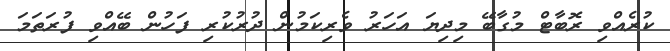
ކުރެއްވި ރޮބާޓް މުގާބޭ މިދިޔަ އަހަރު ވެރިކަމުން ދުރުކުރި ފަހުން ބޭއްވި ފުރަތަމަ